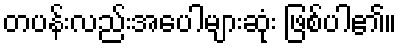
တပန်းလည်းအပေါများဆုံး ဖြစ်ပါ၏။